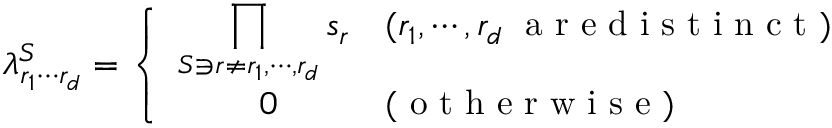
\lambda _ { r _ { 1 } \cdots r _ { d } } ^ { S } = \left\{ \begin{array} { l l } { \displaystyle { \prod _ { S \ni r \neq r _ { 1 } , \cdots , r _ { d } } s _ { r } } } & { ( r _ { 1 } , \cdots , r _ { d } \; \mathrm { ~ a ~ r ~ e ~ d ~ i ~ s ~ t ~ i ~ n ~ c ~ t ~ } ) } \\ { \quad \quad \; 0 } & { ( \mathrm { ~ o ~ t ~ h ~ e ~ r ~ w ~ i ~ s ~ e ~ } ) } \end{array} \right.